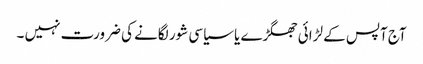
آج آپس کے لڑائی جھگڑے یا سیاسی شور لگانے کی ضرورت نہیں ۔